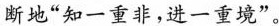
断地“知一重非，进一重境”。